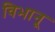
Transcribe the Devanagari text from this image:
विभानू